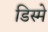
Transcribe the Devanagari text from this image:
डिस्मे